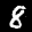
Label: 8